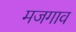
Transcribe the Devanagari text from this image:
मजगाव